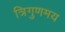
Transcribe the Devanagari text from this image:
त्रिगुणमय